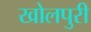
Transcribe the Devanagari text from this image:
खोलपुरी